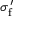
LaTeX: \sigma _ { \mathrm { f } } ^ { \prime }